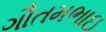
ગૌતમભાઇ